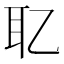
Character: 䎲